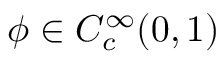
\phi \in C _ { c } ^ { \infty } ( 0 , 1 )